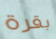
بقرة